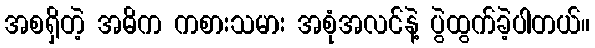
အစရှိတဲ့ အဓိက ကစားသမား အစုံအလင်နဲ့ ပွဲထွက်ခဲ့ပါတယ်။